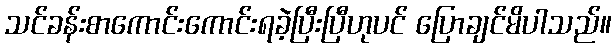
သင်ခန်းစာကောင်းကောင်းရခဲ့ပြီးပြီဟုပင် ပြောချင်မိပါသည်။